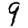
Digit: 9